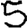
Digit: 5